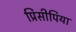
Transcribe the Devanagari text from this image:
प्रिंसीपिया